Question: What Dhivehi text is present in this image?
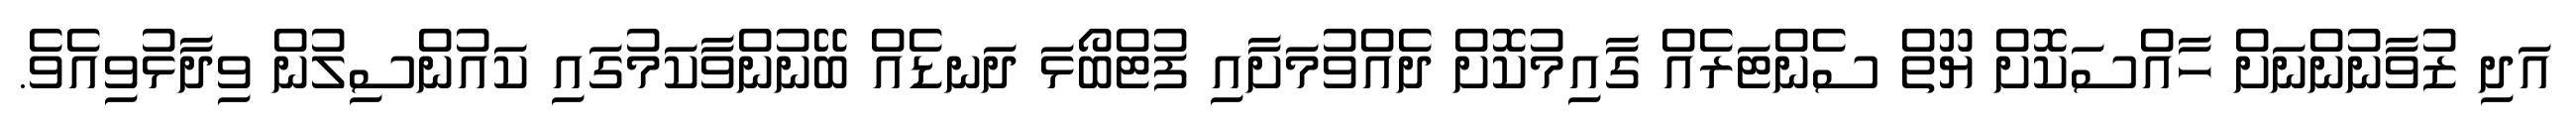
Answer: އަދި ޒުވާނުންނަށް ހާއްސަކޮށް ޔޫތް ސެންޓަރެއް ގާއިމުކޮށް ދެއްވުމަށާއި ފުޓްބޯޅަ ދަނޑެއް ބޭނުންވާކަމުގައި ކައުންސިލުން ވިދާޅުވިއެވެ.